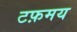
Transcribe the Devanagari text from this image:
टफ़मय